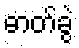
ဓာတ်ခွဲ